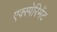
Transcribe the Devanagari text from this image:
एक्स्पेरिमेंट